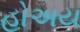
હોઅય